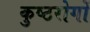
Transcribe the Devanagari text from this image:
कुष्ठरोगों